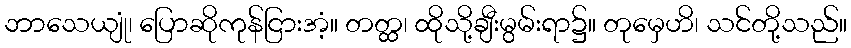
ဘာသေယျုံ၊ ပြောဆိုကုန်ငြားအံ့။ တတ္ထ၊ ထိုသို့ချီးမွမ်းရာ၌။ တုမှေဟိ၊ သင်တို့သည်။